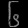
Digit: ၆